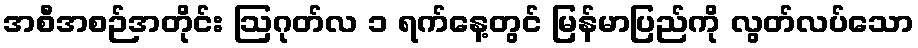
အစီအစဉ်အတိုင်း ဩဂုတ်လ ၁ ရက်နေ့တွင် မြန်မာပြည်ကို လွတ်လပ်သော